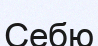
Себю